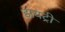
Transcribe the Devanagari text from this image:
डायट्री